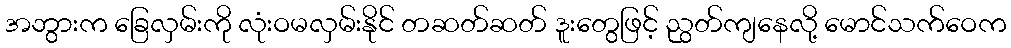
အဘွားက ခြေလှမ်းကို လုံးဝမလှမ်းနိုင် တဆတ်ဆတ် ဒူးတွေဖြင့် ညွတ်ကျနေလို့ မောင်သက်ဝေက